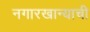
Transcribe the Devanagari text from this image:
नगारखान्याची